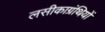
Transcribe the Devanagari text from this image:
लसीकाग्रंथियों